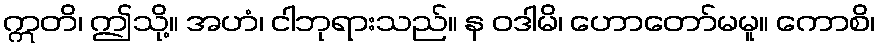
ဣတိ၊ ဤသို့။ အဟံ၊ ငါဘုရားသည်။ န ဝဒါမိ၊ ဟောတော်မမူ။ ကောစိ၊